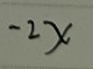
$-2x$